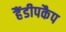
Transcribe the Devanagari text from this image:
हैंडीपकैप